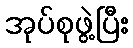
အုပ်စုဖွဲ့ပြီး